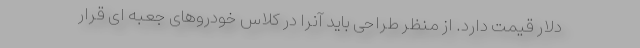
دلار قیمت دارد. از منظر طراحی باید آنرا در کلاس خودروهای جعبه ای قرار